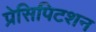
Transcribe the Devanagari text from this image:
प्रेसिपिटशन